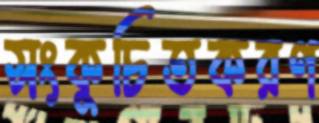
সংকুচিতকরণ